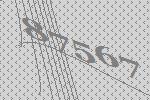
87567